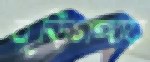
বুড়িগঙ্গায়